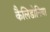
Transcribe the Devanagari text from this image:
कैलिडोनिया